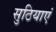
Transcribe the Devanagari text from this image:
सुठियाएं